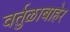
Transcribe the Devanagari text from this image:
वर्तुळाबाहेर